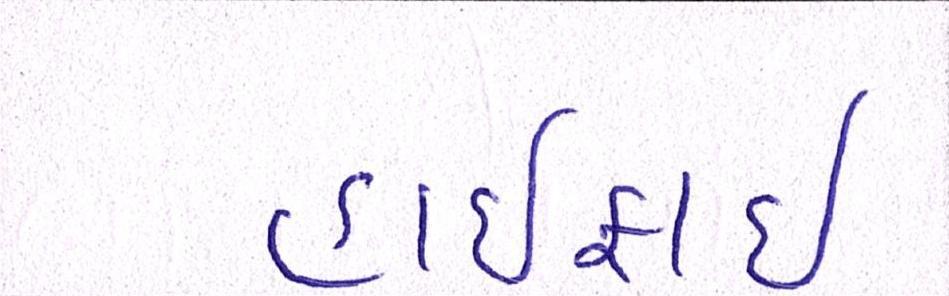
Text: હાઈફાઈ